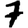
Digit: 7